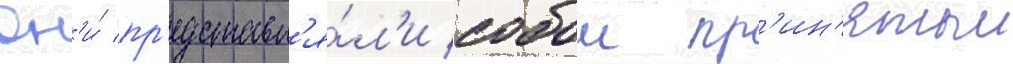
Он'и́ пр'едставл'я́л'и собои пр'ин'ятыи